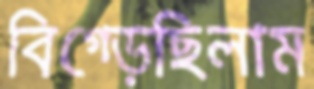
বিগ্‌ড়েছিলাম